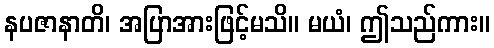
နပဇာနာတိ၊ အပြာအားဖြင့်မသိ။ မယံ၊ ဤသည်ကား။